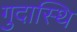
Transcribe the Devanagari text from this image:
गुदास्थि